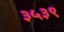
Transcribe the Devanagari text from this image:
३५३९